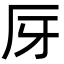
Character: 厊